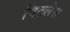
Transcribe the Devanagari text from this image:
विटलेस